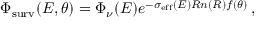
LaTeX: \Phi _ { \mathrm { s u r v } } ( E , \theta ) = \Phi _ { \nu } ( E ) e ^ { - \sigma _ { \mathrm { e f f } } ( E ) R n ( R ) f ( \theta ) } \: ,